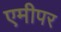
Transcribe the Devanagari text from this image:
एमीपर